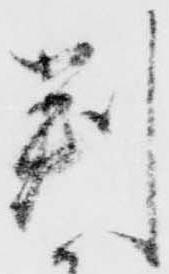
判